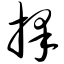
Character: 择